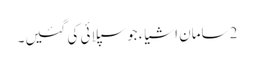
2 سامان اشیاء جو سپلائی کی گئیں۔